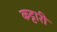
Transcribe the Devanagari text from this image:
कट्टारी